Treatise on elephants
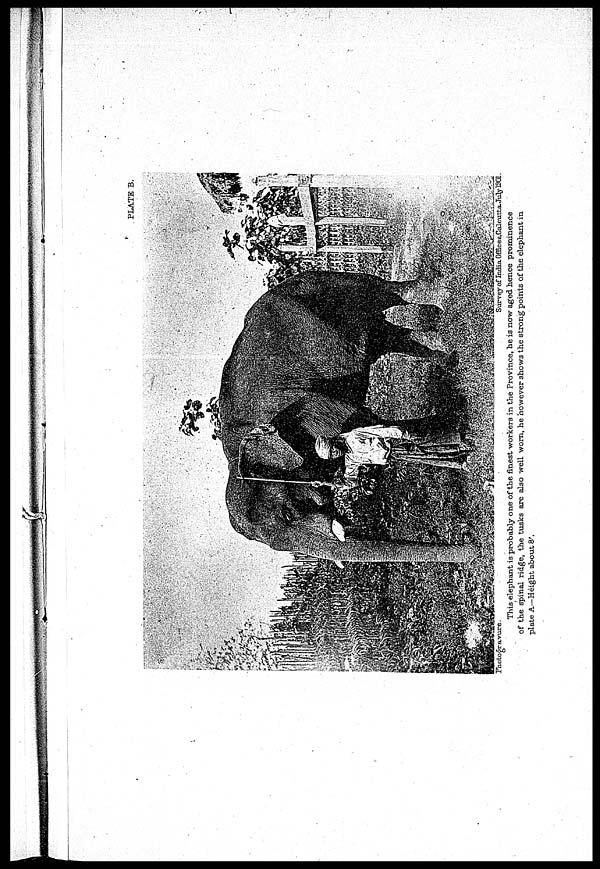
PLATE B.
Photogravure.
Survey
of
India
Offices.Calcutta.
July
1901.
This elephant is probably one of the finest workers in the Province, he is now aged hence prominence
of the spinal ridge, the tusks are also well worn, he however shows the strong points of the elephant in
plate
A—Height
about
8'.